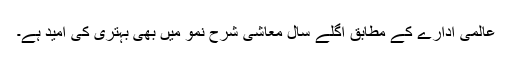
عالمی ادارے کے مطابق اگلے سال معاشی شرح نمو میں بھی بہتری کی امید ہے۔